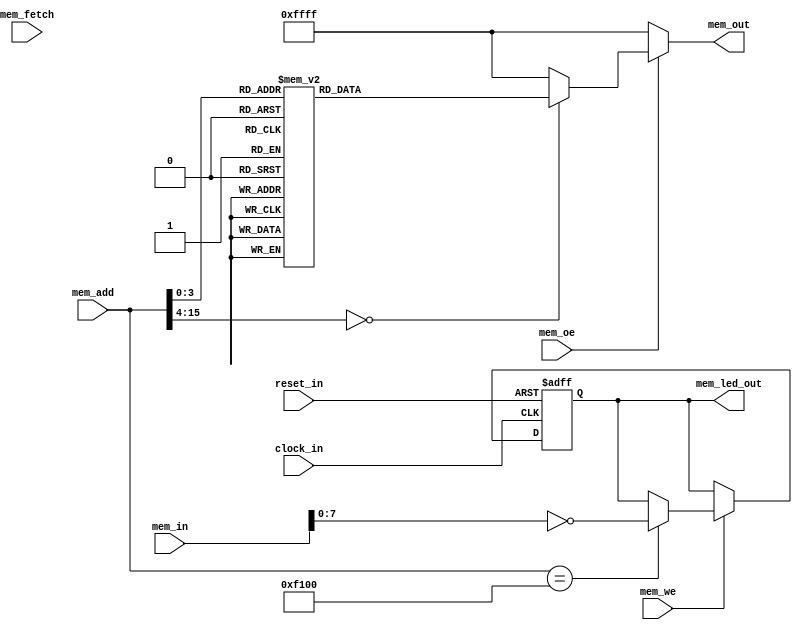
module lsa_mem
(
    clock_in,

    mem_fetch,
    mem_we,
    mem_oe,
    mem_add,
    mem_in,
    reset_in,

    mem_led_out,
    mem_out
);

    //b Clocks
    input clock_in;

    //b Inputs
    input mem_fetch;
    input mem_we;
    input mem_oe;
    input [15:0]mem_add;
    input [15:0]mem_in;
    input reset_in;

    //b Outputs
    output [7:0]mem_led_out;
    output [15:0]mem_out;

// output components here

    //b Output combinatorials
    reg [7:0]mem_led_out;
    reg [15:0]mem_out;

    //b Output nets

    //b Internal and output registers
    reg [7:0]led_out_bits;

    //b Internal combinatorials

    //b Internal nets

    //b Clock gating module instances
    //b Module instances
    //b the_code__comb combinatorial process
    always @( //the_code__comb
        mem_oe or
        mem_add or
        led_out_bits )
    begin: the_code__comb_code
    reg [15:0]mem_out__var;
        mem_out__var = 16'hffff;
        if ((mem_oe==1'h1))
        begin
            case (mem_add) //synopsys parallel_case
            16'h0: // req 1
                begin
                mem_out__var = 16'hc001;
                end
            16'h1: // req 1
                begin
                mem_out__var = 16'hc000;
                end
            16'h2: // req 1
                begin
                mem_out__var = 16'h97f1;
                end
            16'h3: // req 1
                begin
                mem_out__var = 16'h8500;
                end
            16'h4: // req 1
                begin
                mem_out__var = 16'h8800;
                end
            16'h5: // req 1
                begin
                mem_out__var = 16'h8910;
                end
            16'h6: // req 1
                begin
                mem_out__var = 16'h6889;
                end
            16'h7: // req 1
                begin
                mem_out__var = 16'hc2fe;
                end
            16'h8: // req 1
                begin
                mem_out__var = 16'h6999;
                end
            16'h9: // req 1
                begin
                mem_out__var = 16'hc2fc;
                end
            16'ha: // req 1
                begin
                mem_out__var = 16'h8910;
                end
            16'hb: // req 1
                begin
                mem_out__var = 16'h6558;
                end
            16'hc: // req 1
                begin
                mem_out__var = 16'h4758;
                end
            16'hd: // req 1
                begin
                mem_out__var = 16'hc0f8;
                end
            default: // req 1
                begin
                mem_out__var = 16'hffff;
                end
            endcase
        end //if
        mem_led_out = led_out_bits;
        mem_out = mem_out__var;
    end //always

    //b the_code__posedge_clock_in_active_low_reset_in clock process
    always @( posedge clock_in or negedge reset_in)
    begin : the_code__posedge_clock_in_active_low_reset_in__code
        if (reset_in==1'b0)
        begin
            led_out_bits <= 8'h0;
        end
        else
        begin
            if ((mem_we==1'h1))
            begin
                if ((mem_add==16'hf100))
                begin
                    led_out_bits <= ~mem_in[7:0];
                end //if
            end //if
        end //if
    end //always

endmodule